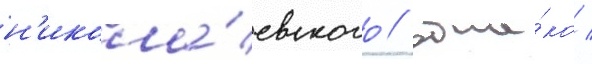
н'икола́евского / одна́ко /